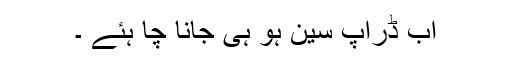
اب ڈراپ سین ہو ہی جانا چا ہئے ۔